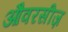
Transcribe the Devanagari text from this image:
औवरसीज़